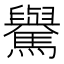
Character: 𩦡